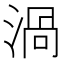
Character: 渦